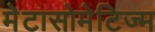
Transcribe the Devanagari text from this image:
मेटासोमेटिज्म